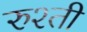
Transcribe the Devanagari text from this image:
रुश्ती